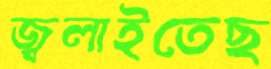
জ্বলাইতেছ